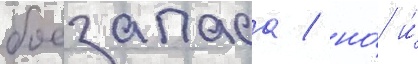
боезапаса / но́ и́